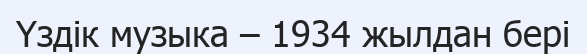
Үздік музыка – 1934 жылдан бері